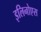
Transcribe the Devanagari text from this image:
इलिनोएस